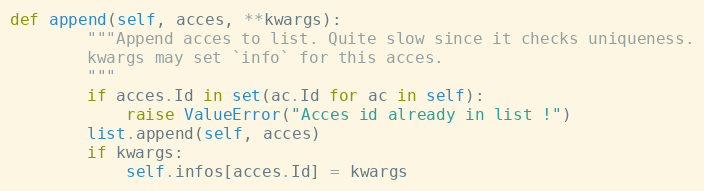
Language: Python
def append(self, acces, **kwargs):
        """Append acces to list. Quite slow since it checks uniqueness.
        kwargs may set `info` for this acces.
        """
        if acces.Id in set(ac.Id for ac in self):
            raise ValueError("Acces id already in list !")
        list.append(self, acces)
        if kwargs:
            self.infos[acces.Id] = kwargs